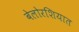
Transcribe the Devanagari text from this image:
बेलोरशियात